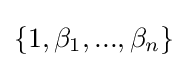
\{1,\beta _{1},...,\beta _{n}\}